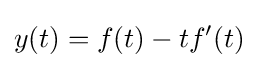
y(t)=f(t)-tf'(t)